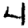
Digit: 4